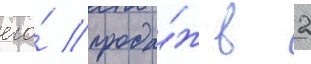
его́ прода́ж в 2